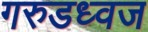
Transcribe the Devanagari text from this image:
गरुडध्वज